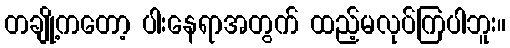
တချို့ကတော့ ပါးနေရာအတွက် ထည့်မလုပ်ကြပါဘူး။